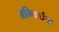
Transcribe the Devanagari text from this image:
अभिवर्धक